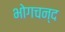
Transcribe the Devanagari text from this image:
भोगचन्द